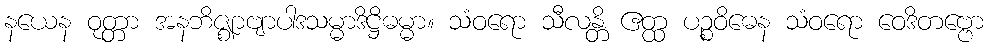
နယေန ဝုတ္တာ အနဘိဇ္ဈာဗျာပါဒသမ္မာဒိဋ္ဌိဓမ္မာ။ သံဝရော သီလန္တိ ဧတ္ထ ပဉ္စဝိဓေန သံဝရော ဝေဒိတဗ္ဗော